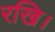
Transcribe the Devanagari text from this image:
रखि।